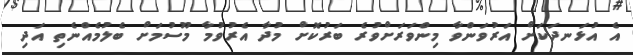
އެ އުޅަނދަކަށް އަރުވަންވާ މިންވަރަށްވުރެ ބަރުކޮށް މުދާ އެރުވުމާ މޫސުމަށް ބެލުމެއްނެތި އަދި